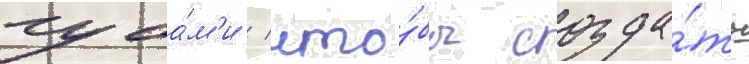
губа́м'и / что́бы созда́ть